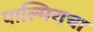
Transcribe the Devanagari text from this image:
पाल्मिराचा